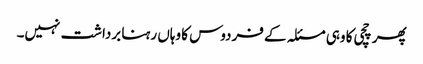
پھر چچی کا وہی مسئلہ کے فردوس کا وہاں رہنا برداشت نہیں۔